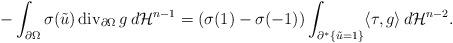
LaTeX: \begin{align*}-\int_{\partial\Omega}\sigma(\tilde u)\, {\rm div}_{\partial\Omega}\, g\, d\mathcal H^{n-1}=(\sigma(1)-\sigma(-1))\int_{\partial^*\{\tilde u=1\}} \langle \tau,g\rangle\, d\mathcal H^{n-2}.\end{align*}